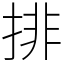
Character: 排